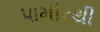
પામીરથી